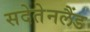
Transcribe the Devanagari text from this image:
सदेतेनलैंड